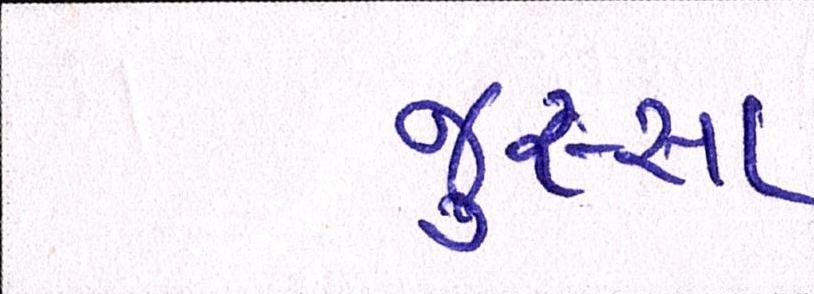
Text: જુસ્સા